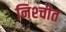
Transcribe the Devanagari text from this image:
निश्‍चीत